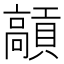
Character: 𩫢